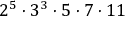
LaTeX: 2 ^ { 5 } \cdot 3 ^ { 3 } \cdot 5 \cdot 7 \cdot 1 1